Indian journal of veterinary science and animal husbandry - Volumes 28-29, 1958-1959
Year: 1958
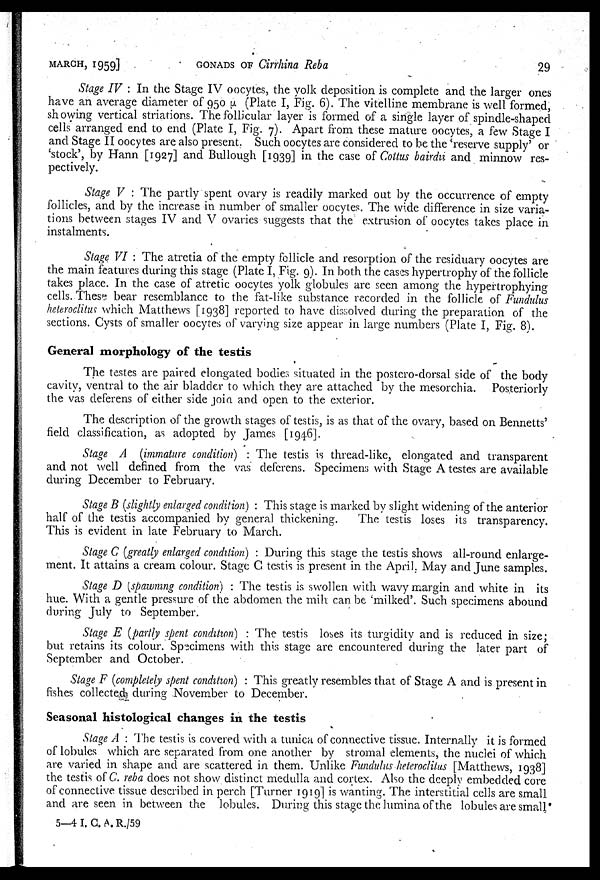
MARCH, 1959]
GONADS
OF
Cirrhina
Reba
29
Stage IV : In the Stage IV oocytes, the yolk deposition is complete and the larger ones
have an average diameter of 950 µ (Plate I, Fig. 6). The vitelline membrane is well formed,
showing vertical striations. The follicular layer is formed of a single layer of spindle-shaped
cells arranged end to end (Plate I, Fig. 7). Apart from these mature oocytes, a few Stage I
and Stage II oocytes are also present. Such oocytes are considered to be the 'reserve supply' or
'stock', by Hann [1927] and Bullough [1939] in the case of Cottus bairdu and minnow res-
pectively.
Stage V : The partly spent ovary is readily marked out by the occurrence of empty
follicles, and by the increase in number of smaller oocytes. The wide difference in size varia-
tions between stages IV and V ovaries suggests that the extrusion of oocytes takes place in
instalments.
Stage VI : The atretia of the empty follicle and resorption of the residuary oocytes are
the main features during this stage (Plate I, Fig. 9). In both the cases hypertrophy of the follicle
takes place. In the case of atretic oocytes yolk globules are seen among the hypertrophying
cells. These bear resemblance to the fat-like substance recorded in the follicle of Fundulus
heteroclitus which Matthews [1938] reported to have dissolved during the preparation of the
sections. Cysts of smaller oocytes of varying size appear in large numbers (Plate I, Fig. 8).
General morphology of the testis
The testes are paired elongated bodies situated in the postero-dorsal side of the body
cavity, ventral to the air bladder to which they are attached by the mesorchia. Posteriorly
the vas deferens of either side join and open to the exterior.
The description of the growth stages of testis, is as that of the ovary, based on Bennetts'
field classification, as adopted by James [1946].
Stage A (immature condition) : The testis is thread-like, elongated and transparent
and not well defined from the vas deferens. Specimens with Stage A testes are available
during December to February.
Stage B (slightly enlarged condition) : This stage is marked by slight widening of the anterior
half of the testis accompanied by general thickening.
The testis loses its transparency.
This is evident in late February to March.
Stage C (greatly enlarged condition) : During this stage the testis shows all-round enlarge-
ment. It attains a cream colour. Stage C testis is present in the April, May and June samples.
Stage D (spawning condition) : The testis is swollen with wavy margin and white in its
hue. With a gentle pressure of the abdomen the milk can be 'milked'. Such specimens abound
during July to September.
Stage E (partly spent condition) : The testis loses its turgidity and is reduced in size;
but retains its colour. Specimens with this stage are encountered during the later part of
September and October.
Stage F (completely spent condition) : This greatly resembles that of Stage A and is present in
fishes collected during November to December.
Seasonal histological changes in the testis
Stage A : The testis is covered with a tunica of connective tissue. Internally it is formed
of lobules which are separated from one another by stromal elements, the nuclei of which
are varied in shape and are scattered in them. Unlike Fundulus heteroclitus [Matthews, 1938]
the testis of C. reba does not show distinct medulla and cortex. Also the deeply embedded core
of connective tissue described in perch [Turner 1919] is wanting. The interstitial cells are small
and are seen in between the lobules. During this stage the lumina of the lobules are small
5—4 I. C. A. R./59